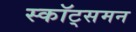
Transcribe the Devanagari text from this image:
स्कॉट्समन